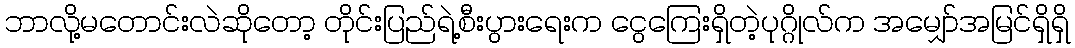
ဘာလို့မတောင်းလဲဆိုတော့ တိုင်းပြည်ရဲ့စီးပွားရေးက ငွေကြေးရှိတဲ့ပုဂ္ဂိုလ်က အမျှော်အမြင်ရှိရှိ